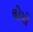
લોચો